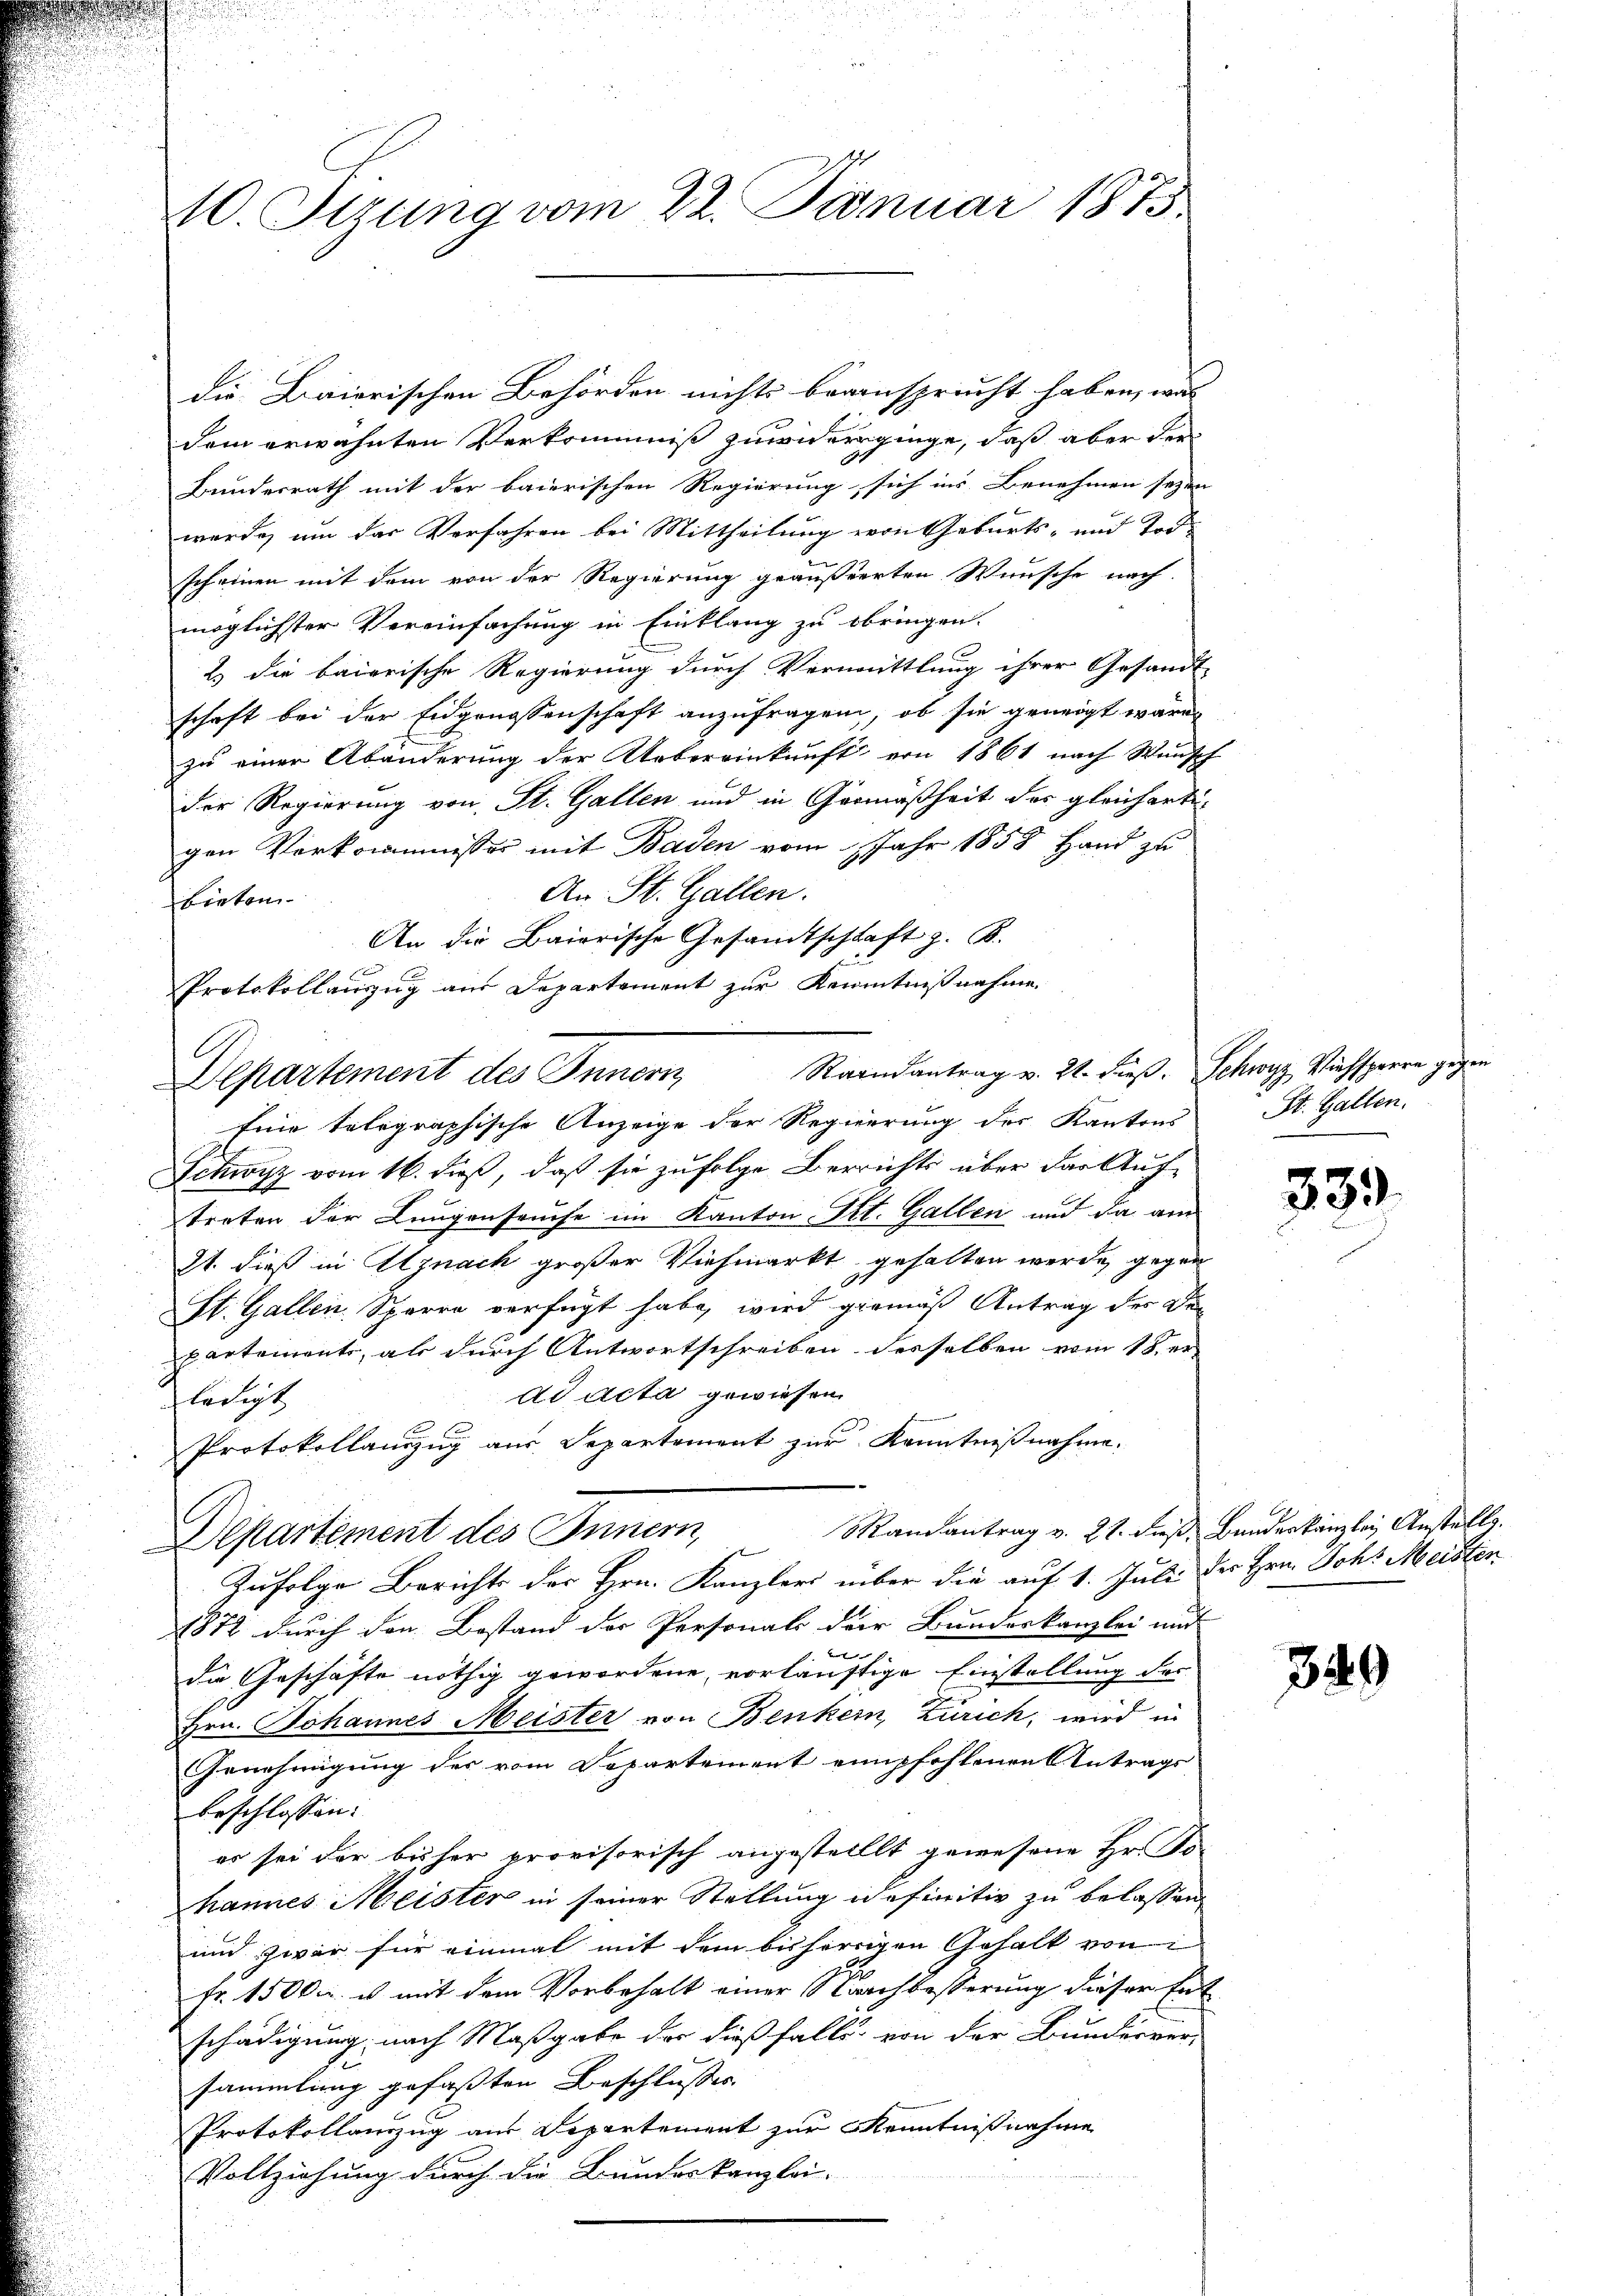
20. Stzung vom 22. Januar 1875

die Biriorischen Behörden nichts beansprucht haben, was
dem erwähnten Verkommniß zuwiderginge, daß aber der
Bundesrath mit der baierischen Regierung, sich ins Benehmen seyen
werde, um das Verfahren bei Mittheilung von Geburts- und Tod
scheinen mit dem von der Regierung geäußerten Wunsche nach
möglichster Vereinfachung in Einklang zu bringen.
2.) die baierische Regierung durch Vermittlung ihrer Gesandt-
schaft bei der Eidgenossenschaft anzufragen, ob sie geneigt wäre,
zu einer Abänderung der Uebereinkunft von 1861 nach Wunsch
der Regierung von St. Gallen und in Gemäßheit der gleicharti-
gen Vorkommnisser mit Baden vom Jahr 1858 Hand zu
An St. Gallen.
bieten
An die Baierische Gesandtschlaft z. B.
23
Protokollanzug aus Departement zur Kenntnißnahme
Raamantrag v. 21. dieß. Schwyz Viehsperre gegen
Departement des Innern,
Eine telegraphische Anzeige der Regierung der Kantons
Schwyz vom 16. daß, daß sie zufolge Berrichts über das Auf-
treten der Lungenseuche im Kanton St. Gallen und da am
Zt. dieß in Alznach großer Viehmarkt gehalten werde, gegen
.
St. Gallen Sperre verfügt habe, wird gemäß Antrag der Gepartemente, als durch Antwortschreiben desselben vom 18. er
ad acta gewiesen.
ledigt
Protokollauszug aus Separtement zur Kenntnißnahme.
Departement des Innern, Mandantrag v. 21. daß Banderkanzlei Anstall.
Zufolge Berichts der Hrn. Kanzlers über die auf 1. Juli der Hrn. Joh. Meisten
1872 durch den Bestand der Personals der Bundeskanzlei und |
die Geschäfte nöthig gewordene, vorläuftige Einstellung des
Hrn. Johannes Meister von Benkern, Zürich, wird in
Genehmigung der vom Departement empfohlenen Antrags
beschlossen:
es sei der bisher provisorisch angestellt gewesene Hr. To-
hannes Meister in seiner Stellung definitiv zu belassen
und zwar für einmal mit dem bisherigen Gehalt von
Fr. 1500. u mit dem Vorbehalt einer Nachbesserung dieser Entschädigung nach Maßgabe der dießfalls von der Bundesver-
sammlung gefaßten Beschlusses.
Protokollanzug aus Departement zur Kenntnißnahme
Vollziehung durch die Bundeskanzlei-

St. Gallen.

339.

349